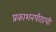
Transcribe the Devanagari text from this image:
प्रकाशनपीठाची